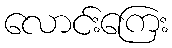
လောင်းကြေး